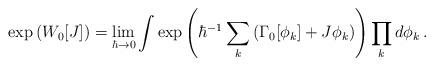
LaTeX: \begin{align*}\exp\left(W_0[J]\right)= \lim_{\hbar\to 0}\int\exp\left(\hbar^{-1}\sum_k\left(\Gamma_0[\phi_k]+J\phi_k\right)\right)\prod_kd\phi_k \,.\end{align*}